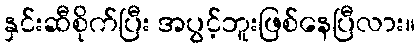
နှင်းဆီစိုက်ပြီး အပွင့်ဘူးဖြစ်နေပြီလား။